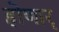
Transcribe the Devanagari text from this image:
होणार्